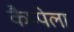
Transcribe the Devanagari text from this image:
कैप्पेला